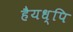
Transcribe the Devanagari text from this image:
हैयध्पि